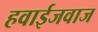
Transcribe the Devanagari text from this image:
हवाईजवाज